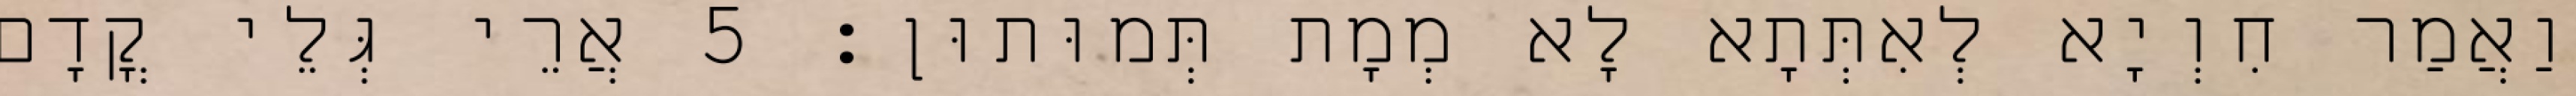
וַאֲמַר חִוְיָא לְאִתְּתָא לָא מְמָת תְּמוּתוּן׃ 5 אֲרֵי גְּלֵי קֳדָם